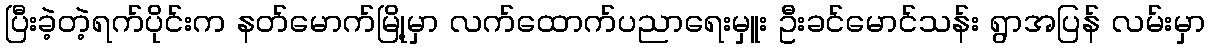
ပြီးခဲ့တဲ့ရက်ပိုင်းက နတ်မောက်မြို့မှာ လက်ထောက်ပညာရေးမှူး ဦးခင်မောင်သန်း ရွာအပြန် လမ်းမှာ